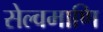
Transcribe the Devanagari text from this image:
सेल्वमाणि